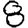
Digit: 8